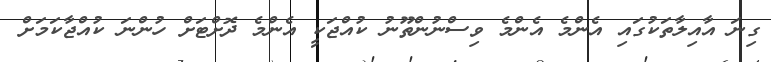
ގިނަ އާއިލާތަކުގައި އެންމެ އެންމެ ވިސްނުންތޫނު ކުއްޖަކީ އެންމެ ދޮށްޓަށް ހުންނަ ކުއްޖާކަމަށް